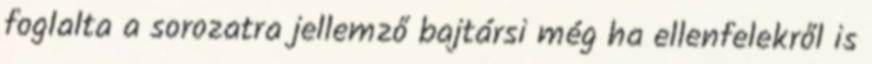
foglalta a sorozatra jellemző bajtársi még ha ellenfelekről is